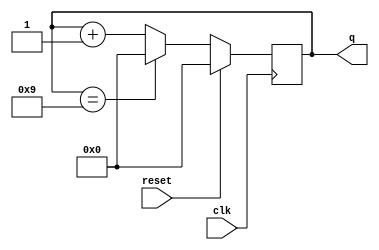
module top_module (
    input clk,
    input reset,        // Synchronous active-high reset
    output reg [3:0] q);

    always @(posedge clk) begin

        if(reset) q<=0;
        else if (q == 4'd9) q<=0;
        else q<=q+1;


    end

endmodule